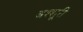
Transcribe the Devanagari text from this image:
अश्शूरी